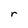
Character: r